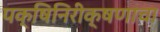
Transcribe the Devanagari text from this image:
पक्षिनिरीक्षणाचा